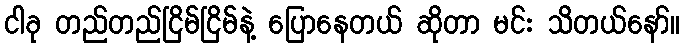
ငါခု တည်တည်ငြိမ်ငြိမ်နဲ့ ပြောနေတယ် ဆိုတာ မင်း သိတယ်နော်။